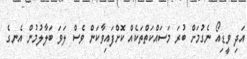
އަދި ވީޑިއޯ ނެގުމަށް ބުރަ މަސައްކަތްތަކެއް ކޮށްފައިވާކަން ވެސް ލަވަ ބަލާލުމުން އެނގެ